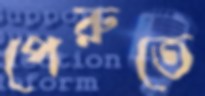
পেরুতে